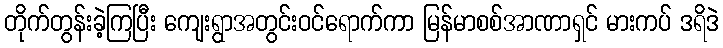
တိုက်တွန်းခဲ့ကြပြီး ကျေးရွာအတွင်းဝင်ရောက်ကာ မြန်မာစစ်အာဏာရှင် မားကပ် ဒရိဒဲ